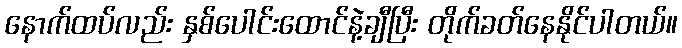
နောက်ထပ်လည်း နှစ်ပေါင်းထောင်နဲ့ချီပြီး တိုက်ခတ်နေနိုင်ပါတယ်။